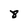
Character: 8